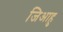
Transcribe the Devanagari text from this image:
जिआहु